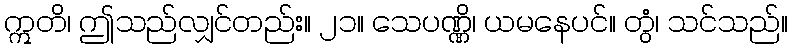
ဣတိ၊ ဤသည်လျှင်တည်း။ ၂၁။ သေပဏ္ဏိ၊ ယမနေပင်။ တွံ၊ သင်သည်။